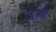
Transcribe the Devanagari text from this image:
खोरशेद